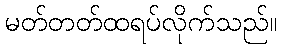
မတ်တတ်ထရပ်လိုက်သည်။